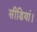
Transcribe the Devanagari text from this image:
सीडियां।